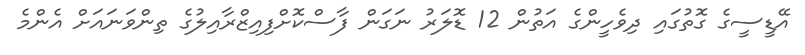
އޭޑީސީގެ ގޮތުގައި ދިވެހީންގެ އަތުން 12 ޑޮލަރު ނަގަން ފާސްކޮށްފިއިޒްރާއިލުގެ ތިންވަނައަށް އެންމެ